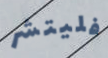
فليتشر